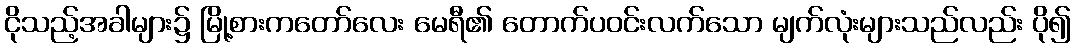
ငိုသည့်အခါများ၌ မြို့စားကတော်လေး မေရီ၏ တောက်ပဝင်းလက်သော မျက်လုံးများသည်လည်း ပို၍